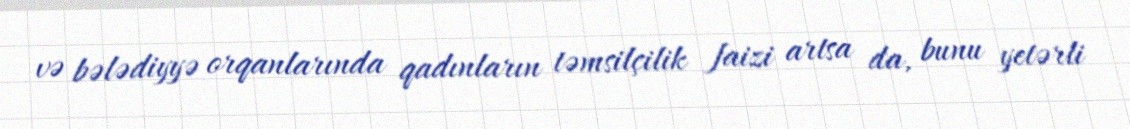
və bələdiyyə orqanlarında qadınların təmsilçilik faizi artsa da, bunu yetərli